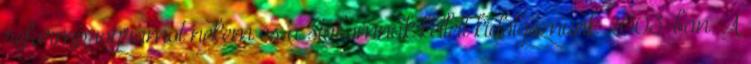
reformprogramot nekem és a stábomnak kellett kidolgoznunk 2003-ban. A